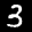
Label: 3